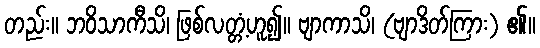
တည်း။ ဘဝိသာကီသိ၊ ဖြစ်လတ္တံ့ဟူ၍။ ဗျာကာသိ၊ (ဗျာဒိတ်ကြား) ၏။